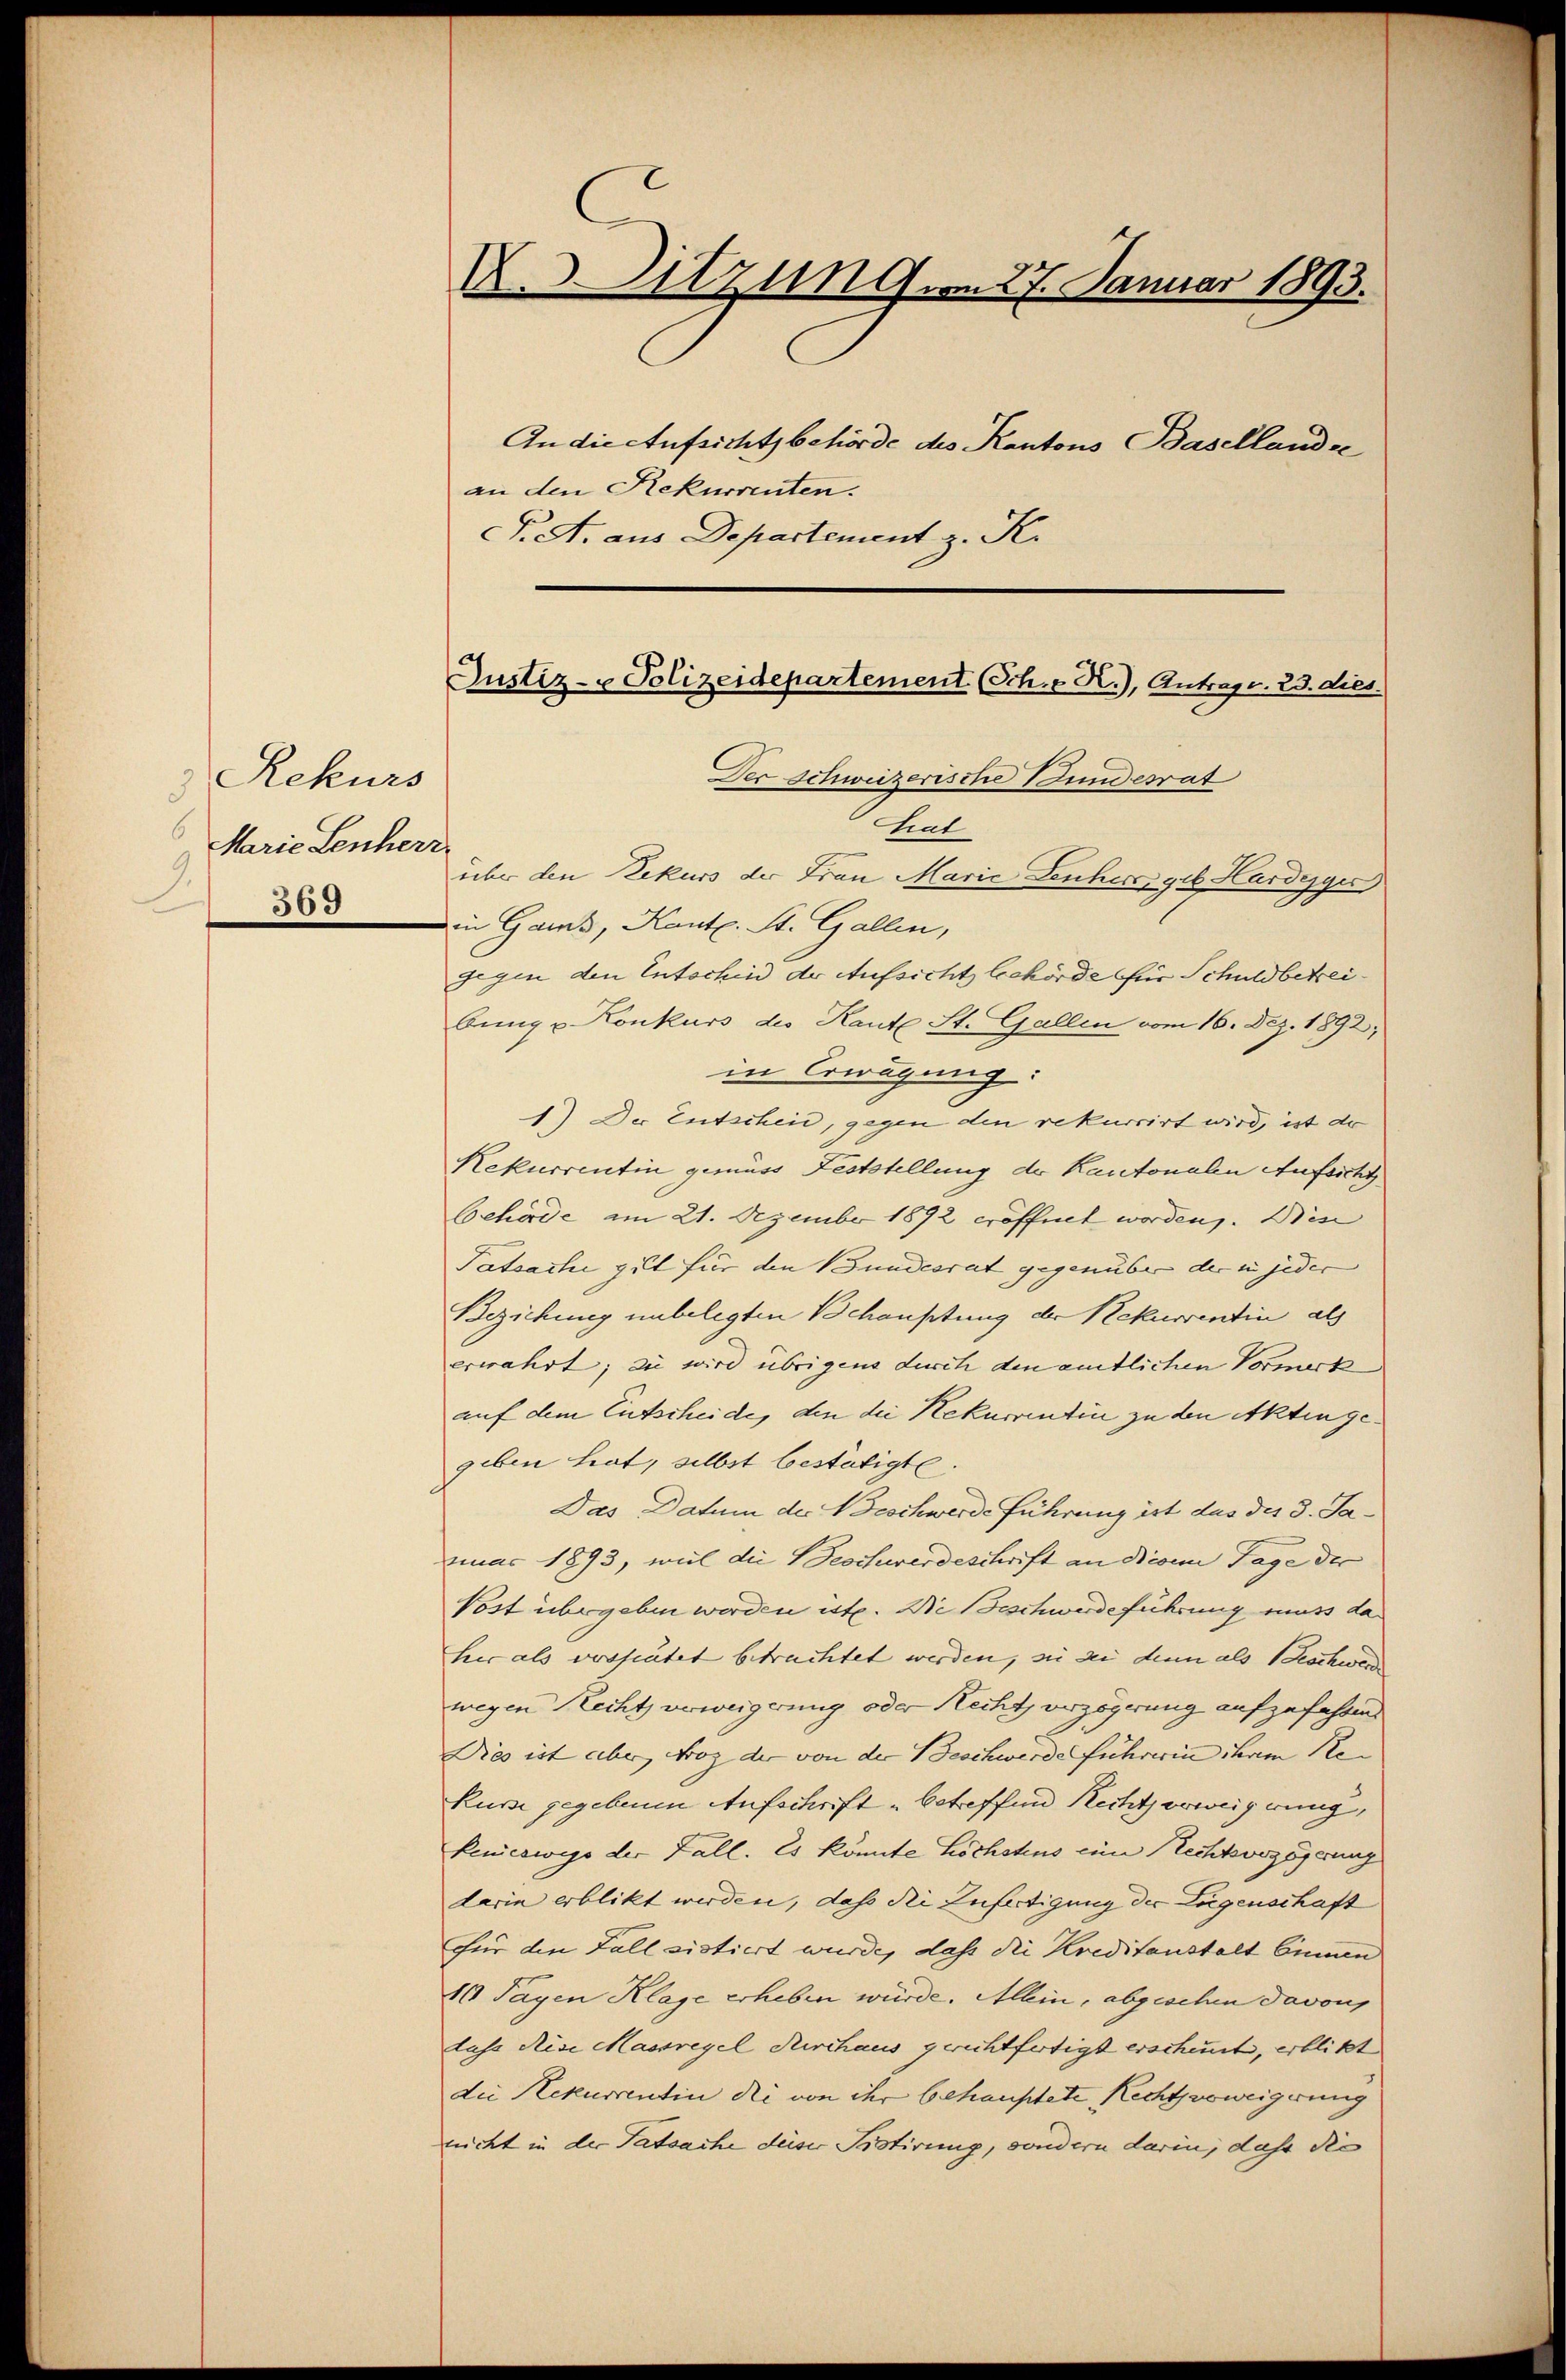
Rekurs
8
Marie Lenherr
9.
369

X. Sitzung vom 27. Januar 1893.
An die Aufsichtsbehörde des Kantons Basellandre
an den Rekurrenten.
F. A. aus Departement z. K.

Justiz- Polizeidepartement (Sch. - K.), Antrag v. 23. dies
Der Schweizerische Bundesrat

über den Rekurs der Frau Marie Leuher geb. Haideggi
in Gams, Kant. St. Gallen,
gegen den Entschen der Aufsicht behörde für Schuldbetreibung u Konkurs des Kaute St. Gallen vom 16. Dez. 1892;
in Erwägung:
1) Der Entscheid, gegen den rekurrirt wird, ist de
Rekurrentin gemäss Feststellung der Kantonalen Aufsicht
Gehörde am 21. Dezember 1892 eröffnet worden. Dien
Tatsache gut für den Bundesrat gegenüber der in jeder
Beziehung unbelegten Behauptung der Rekurrentin als
erwahrt; sie wird übrigens durch den amtlichen Vormerk
auf dem Entscheide, den die Rekurrentin zu den Akten gegeben hat, selbst bestätigte.
Das Datum der Beschwerdeführung ist das des 8. Januar 1893, weil die Beschwerdeschrift an Disen Tage der
Post übergeben werden ist. Die Beschwerdeführung muss daher als verseitet betrachtet werden, sie sei dem als Geschwer
wegen Recht erweigerung oder Recht, erzögerung aufzufahren
Dies ist aber Froz der von der Beschwerde führerin ihrem Re
Kurse gegebenen Aufschrift betreffend Recht erweig rung,
keneswegs der Fall. Es könnte höchstens eine Rechtsvozögerung
darin erblickt werden, das die Zufertigung der Lügenschaft
Für den Fall sistiert wurde, dass die Kreditanstalt binnen
10 Tagen Klage erheben würde. Allein, abgeschen davons
luss Reise Massregel durchaus gerichtfertigt erscheint, erblickt |
die Rekurrentin die von ihr behauptete Rechtsvoweigerung
richt in der Tatsache deser Pistirung, sondern darin, daß die

tiat